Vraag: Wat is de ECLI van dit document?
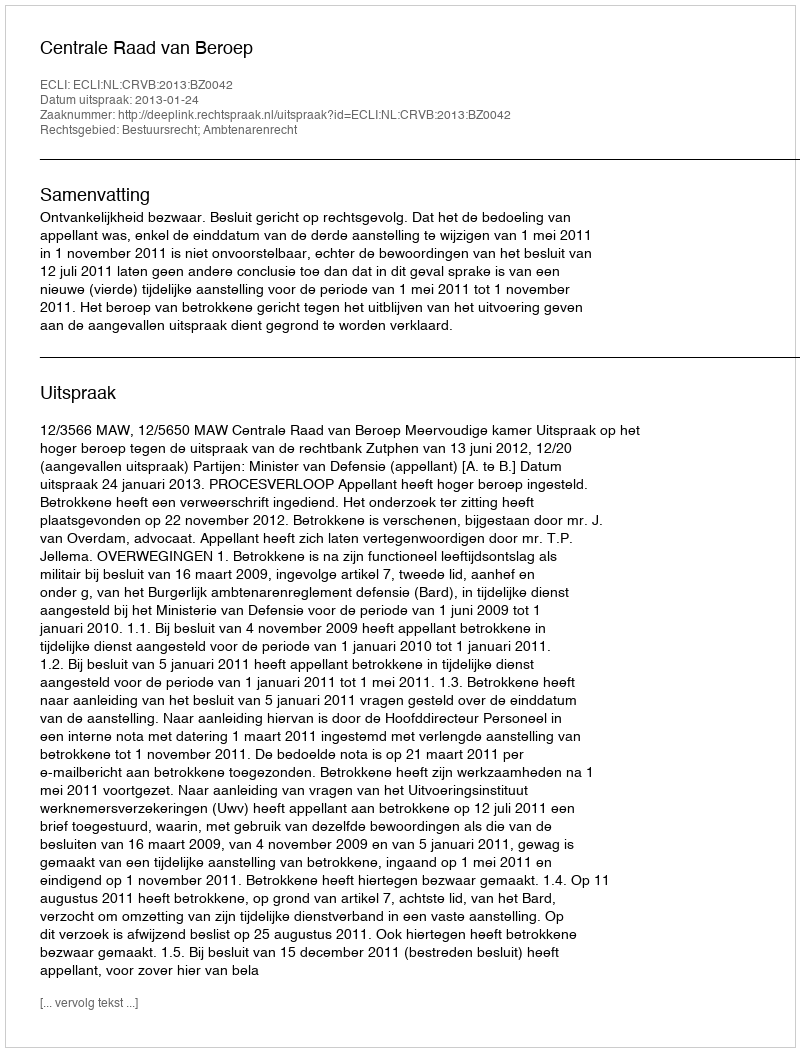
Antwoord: ECLI:NL:CRVB:2013:BZ0042